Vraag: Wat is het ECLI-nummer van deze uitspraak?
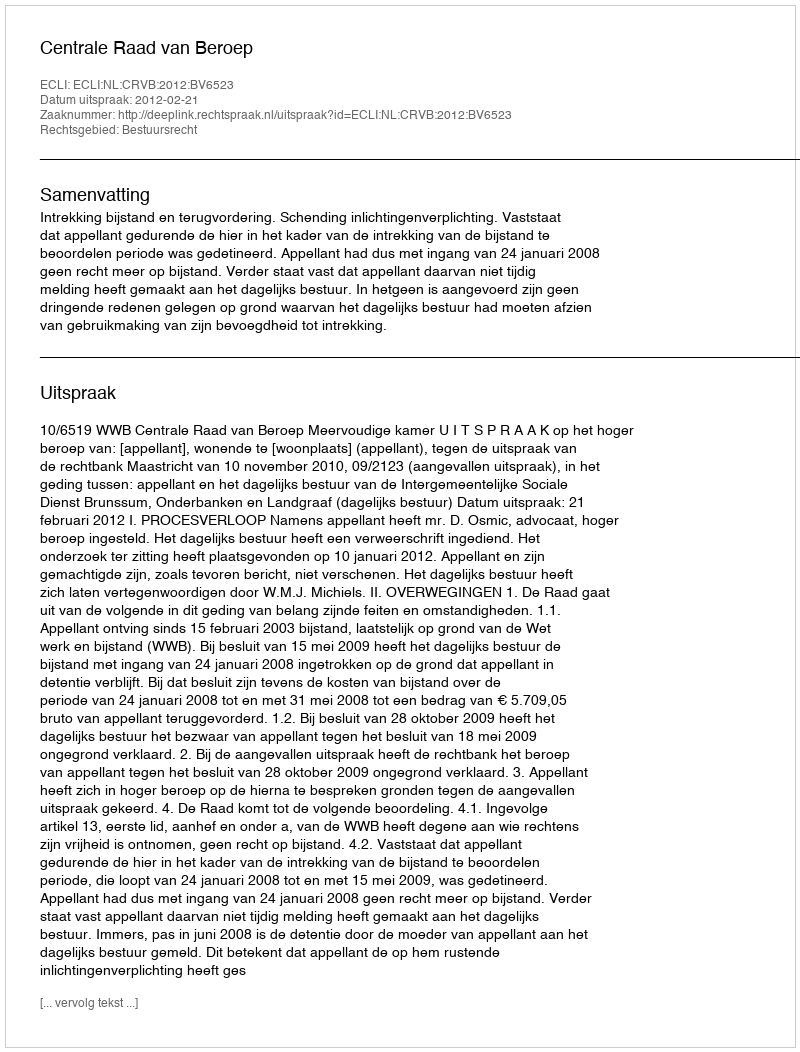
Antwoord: ECLI:NL:CRVB:2012:BV6523